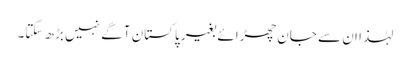
لہٰذا ان سے جان چھڑائے بغیر پاکستان آگے نہیں بڑھ سکتا۔